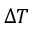
\Delta T